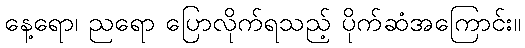
နေ့ရော၊ ညရော ပြောလိုက်ရသည့် ပိုက်ဆံအကြောင်း။